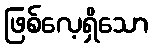
ဖြစ်လေ့ရှိသော